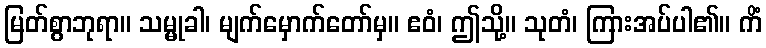
မြတ်စွာဘုရာ။ သမ္မုခါ၊ မျက်မှောက်တော်မှ။ ဧဝံ၊ ဤသို့။ သုတံ၊ ကြားအပ်ပါ၏။ ကိံ